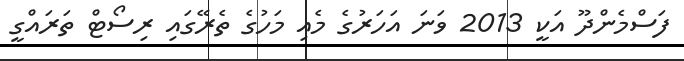
ފަސްމެންދޫ އަކީ 2013 ވަނަ އަހަރުގެ މެއި މަހުގެ ތެރޭގައި ރިސޯޓް ތަރައްގީ